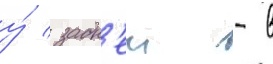
у́ задн'еи - в